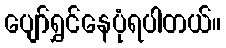
ပျော်ရွှင်နေပုံရပါတယ်။